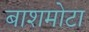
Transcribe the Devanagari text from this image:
बाशमोटा